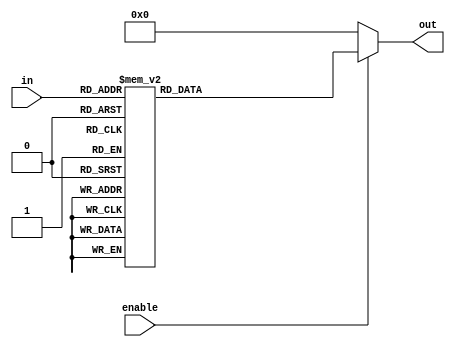
//Decoder 16 to 1

module decoder (output reg [15:0] out, input [3:0] in, input enable);

always @ (in, enable)

begin
case (in)
4'b0000: out = 16'b0000000000000001;
4'b0001: out = 16'b0000000000000010;
4'b0010: out = 16'b0000000000000100;
4'b0011: out = 16'b0000000000001000;
4'b0100: out = 16'b0000000000010000;
4'b0101: out = 16'b0000000000100000;
4'b0110: out = 16'b0000000001000000;
4'b0111: out = 16'b0000000010000000;
4'b1000: out = 16'b0000000100000000;
4'b1001: out = 16'b0000001000000000;
4'b1010: out = 16'b0000010000000000;
4'b1011: out = 16'b0000100000000000;
4'b1100: out = 16'b0001000000000000;
4'b1101: out = 16'b0010000000000000;
4'b1110: out = 16'b0100000000000000;
4'b1111: out = 16'b1000000000000000;
endcase 
    if(!enable)
    	begin
       		out = 16'h0000;
       	end
end

endmodule